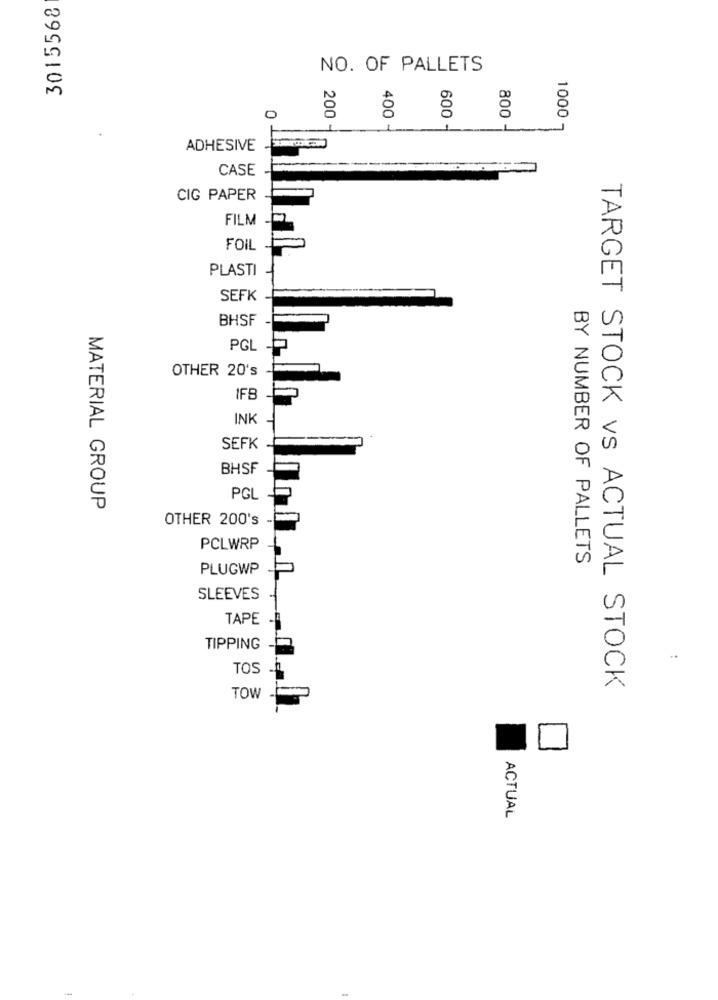
3015568
NO. OF PALLETS
0
1000
200 4
400 -
600 -
1
800 -
ADHESIVE
CASE
CIG PAPER
FILM
FOIL
PLASTI
SEFK
BHSF
PGL -P
OTHER 20's
IFB
INK
SEFK
BHSF
MATERIAL GROUP
PGL
OTHER 200's -
PCLWRP
BY NUMBER OF PALLETS
PLUGWP
SLEEVES
TAPE
TIPPING
TOS
TOW
TARGET STOCK vs ACTUAL STOCK
ACTUAL